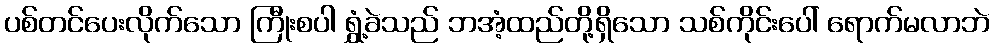
ပစ်တင်ပေးလိုက်သော ကြီုးစပါ ရွှံ့ခဲသည် ဘအံ့ထည်တို့ရှိသော သစ်ကိုင်းပေါ် ရောက်မလာဘဲ